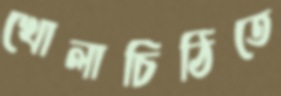
খোলাচিঠিতে